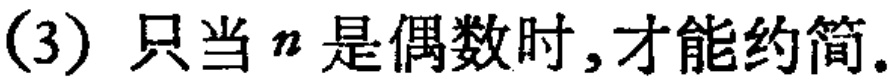
(3) 只当 \(n\) 是偶数时,才能约简.